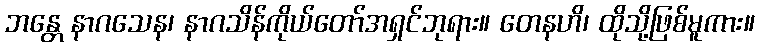
ဘန္တေ နာဂသေန၊ နာဂသိန်ကိုယ်တော်အရှင်ဘုရား။ တေနဟိ၊ ထိုသို့ဖြစ်မူကား။